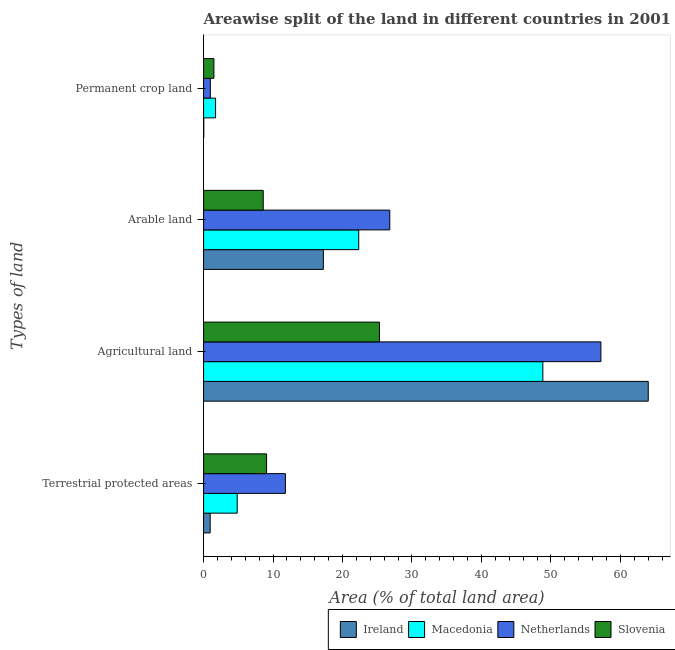
| Types of land | Ireland | Macedonia | Netherlands | Slovenia |
 | --- | --- | --- | --- | --- |
 | Terrestrial protected areas | 0.952 | 4.84 | 11.8 | 9.07 |
 | Agricultural land | 64 | 48.8 | 57.2 | 25.3 |
 | Arable land | 17.2 | 22.3 | 26.8 | 8.59 |
 | Permanent crop land | 0.029 | 1.73 | 0.977 | 1.49 |